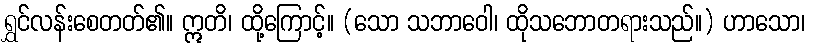
ရွှင်လန်းစေတတ်၏။ ဣတိ၊ ထို့ကြောင့်။ (သော သဘာဝေါ၊ ထိုသဘောတရားသည်။) ဟာသော၊